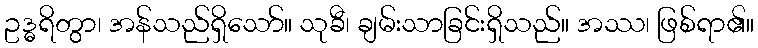
ဥဒ္ဓရိတွာ၊ အန်သည်ရှိသော်။ သုခီ၊ ချမ်းသာခြင်းရှိသည်။ အဿ၊ ဖြစ်ရာ၏။